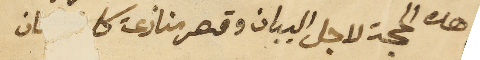
هده الحجة لاجل البيان وقصر منازعة كا     ىان